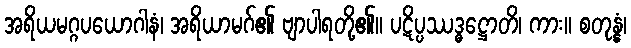
အရိယမဂ္ဂပယောဂါနံ၊ အရိယာမဂ်၏ ဗျာပါရတို့၏။ ပဋိပ္ပဿဒ္ဓဋ္ဌောတိ၊ ကား။ စတုန္နံ၊